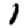
Digit: 1